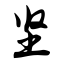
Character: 坚